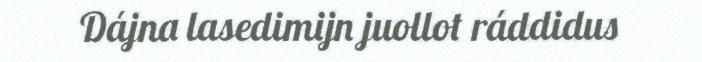
Dájna lasedimijn juollot ráddidus